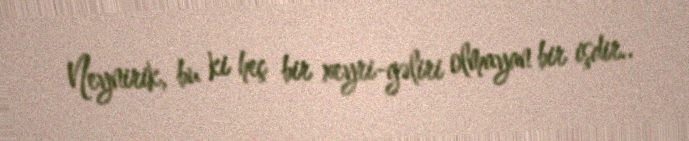
Neynirik, bu ki heç bir xeyri-gəliri olmayan bir işdir..